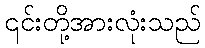
၎င်းတို့အားလုံးသည်